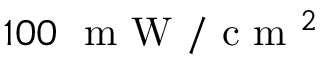
1 0 0 ~ \mathrm { ~ m ~ W ~ } / \mathrm { ~ c ~ m ~ } ^ { 2 }